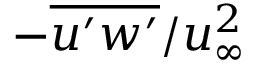
- \overline { { u ^ { \prime } w ^ { \prime } } } / u _ { \infty } ^ { 2 }